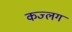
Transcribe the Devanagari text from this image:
कज्लग